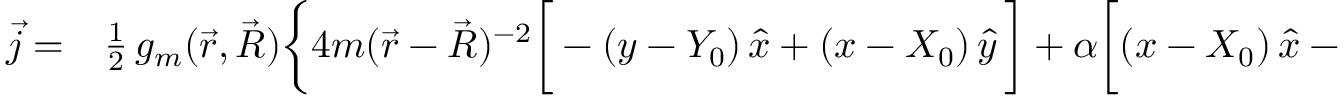
\begin{array} { r l } { \vec { j } = } & { { } \frac { 1 } { 2 } \, g _ { m } ( \vec { r } , \vec { R } ) \bigg \{ 4 m ( \vec { r } - \vec { R } ) ^ { - 2 } \bigg [ - ( y - Y _ { 0 } ) \, \hat { x } + ( x - X _ { 0 } ) \, \hat { y } \, \bigg ] + \alpha \bigg [ ( x - X _ { 0 } ) \, \hat { x } - ( y - Y _ { 0 } ) \, \hat { y } \bigg ] } \end{array}